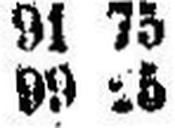
99 25